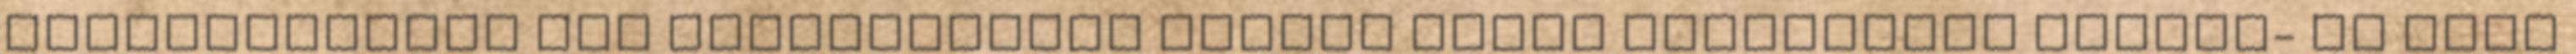
generálásával egy kistérségben Zentai Gábor Szigetvári Kultúr- és Zöld